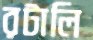
রটালি